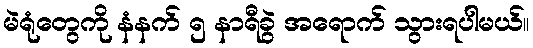
မဲရုံတွေကို နံနက် ၅ နာရီခွဲ အရောက် သွားရပါမယ်။